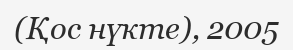
(Қос нүкте), 2005